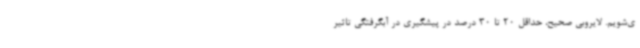
ی‌شویم. لایروبی صحیح، حداقل 20 تا 30 درصد در پیشگیری در آبگرفتگی تاثیر